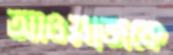
আওয়াজকে